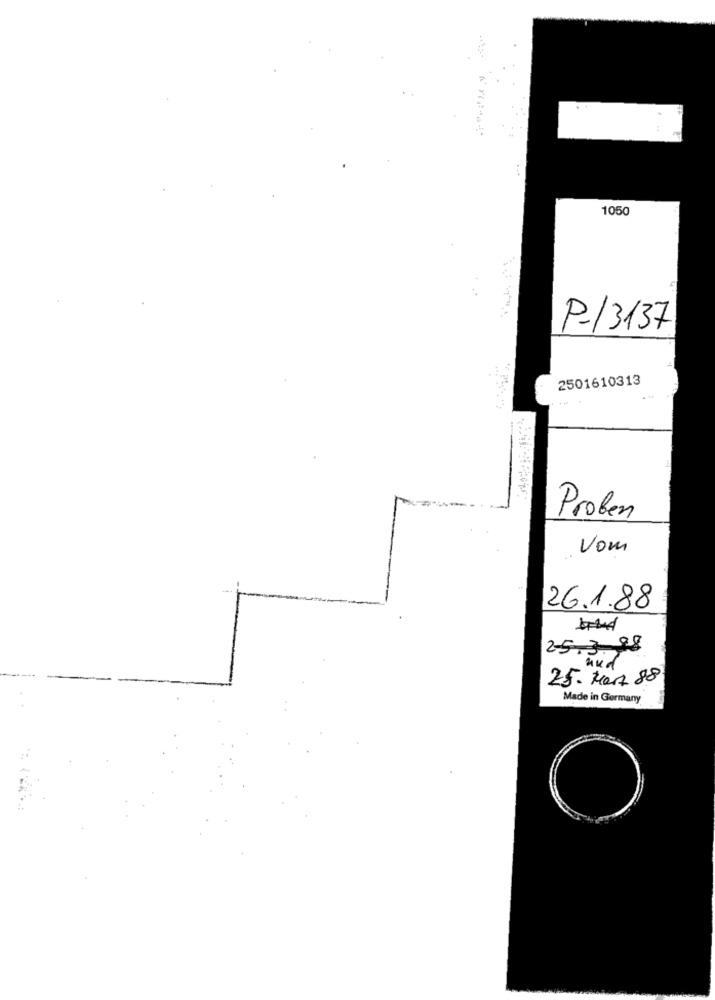
1050
P-13137
2501610313
Proben
Vom
26.1.88
25.3.98
und
25. Mert 88
Made in Germany